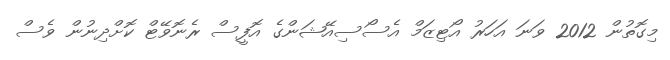
މިގޮތުން 2012 ވަނަ އަހަރު އޯޓިޒަމް އެސޯސިއޭޝަންގެ އޮފީސް ރެނޮވޭޓް ކޮށްދިނުން ވެސް